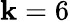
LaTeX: \mathbf{k}=6